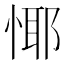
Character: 𢝞